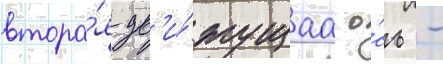
втора́я дв'и́жущаа о́сь -